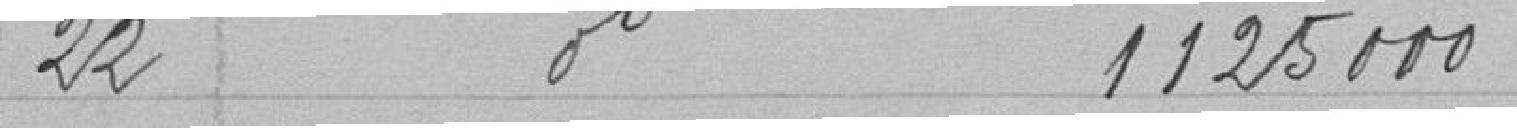
22 Emprunt de 1125000